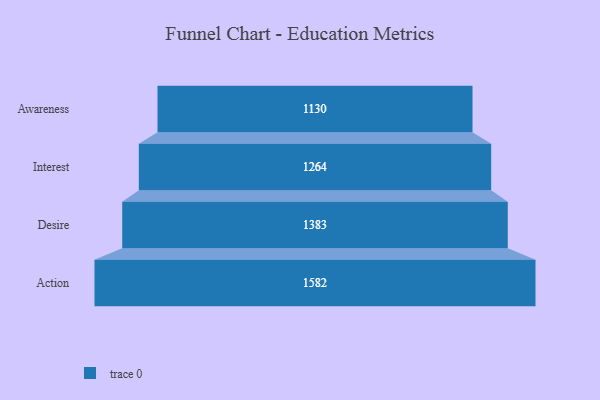
{"axis": {"x": "Stage", "y": "Value"}, "legend": [""], "data": [{"x": "Awareness", "y": 1130.0, "type": ""}, {"x": "Interest", "y": 1264.0, "type": ""}, {"x": "Desire", "y": 1383.0, "type": ""}, {"x": "Action", "y": 1582.0, "type": ""}]}